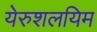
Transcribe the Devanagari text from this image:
येरुशलयिम